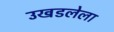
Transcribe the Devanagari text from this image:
उखडलेला